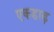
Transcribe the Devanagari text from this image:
एकडाढ़